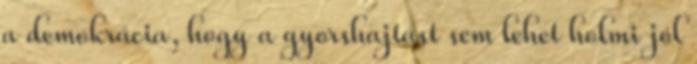
a demokrácia, hogy a gyorshajtást sem lehet holmi jól